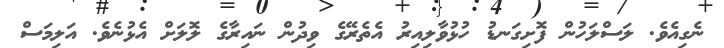
ނެގިއެވެ. ލަސްލަހުން ފޮށިގަނޑު ހުޅުވާލިއިރު އެތެރޭގެ ވިދުން ނައިރާގެ ލޮލަށް އެޅުނެވެ. އަލިމަސް